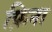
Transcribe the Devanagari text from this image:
फ़िना